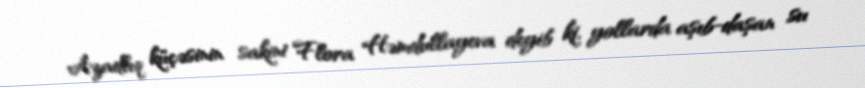
Azadlıq küçəsinin sakini Flora Həmdullayeva deyib ki, yollarda aşıb-daşan su